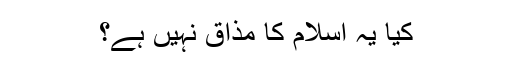
کیا یہ اسلام کا مذاق نہیں ہے؟